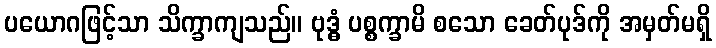
ပယောဂဖြင့်သာ သိက္ခာကျသည်။ ဗုဒ္ဓံ ပစ္စက္ခာမိ စသော ခေတ်ပုဒ်ကို အမှတ်မရှိ